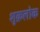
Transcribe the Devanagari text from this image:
शुक्रलोक